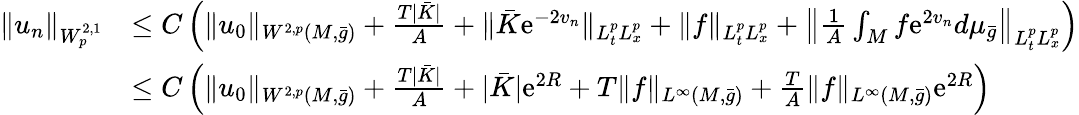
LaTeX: \begin{array}{rl}{\| u_{n}\| _{W_{p}^{2,1}}}&{\le C\left(\| u_{0}\| _{W^{2,p}(M,\bar{g})}+\frac{T|\bar{K}|}{A}+\| \bar{K}\mathrm{e}^{-2v_{n}}\| _{L_{t}^{p}L_{x}^{p}}+\| f\| _{L_{t}^{p}L_{x}^{p}}+\left\| \frac 1A\int_{M}f\mathrm{e}^{2v_{n}}d\mu_{\bar{g}}\right\| _{L_{t}^{p}L_{x}^{p}}\right)}\\ &{\le C\left(\| u_{0}\| _{W^{2,p}(M,\bar{g})}+\frac{T|\bar{K}|}{A}+|\bar{K}|\mathrm{e}^{2R}+T\| f\| _{L^{\infty}(M,\bar{g})}+\frac{T}A\| f\| _{L^{\infty}(M,\bar{g})}\mathrm{e}^{2R}\right)}\end{array}